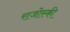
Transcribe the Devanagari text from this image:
राजोस्की